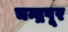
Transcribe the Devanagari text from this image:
चन्द्रपूर